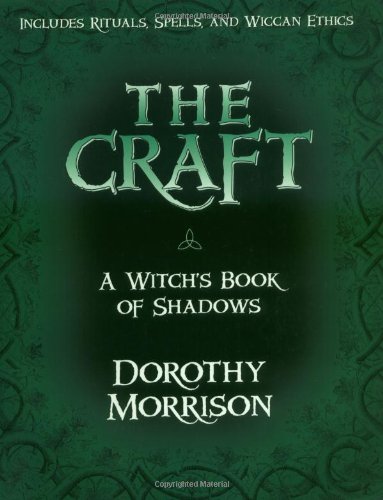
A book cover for The Craft - A Witch's Book of Shadows; Dorothy Morrison; Religion & Spirituality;